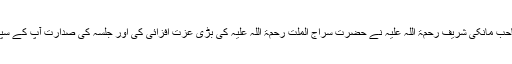
پیر صاحب مانکی شریف رحمۃ اللہ علیہ نے حضرت سراج الملّت رحمۃ اللہ علیہ کی بڑی عزّت افزائی کی اور جلسہ کی صدارت آپ کے سپرد کی۔